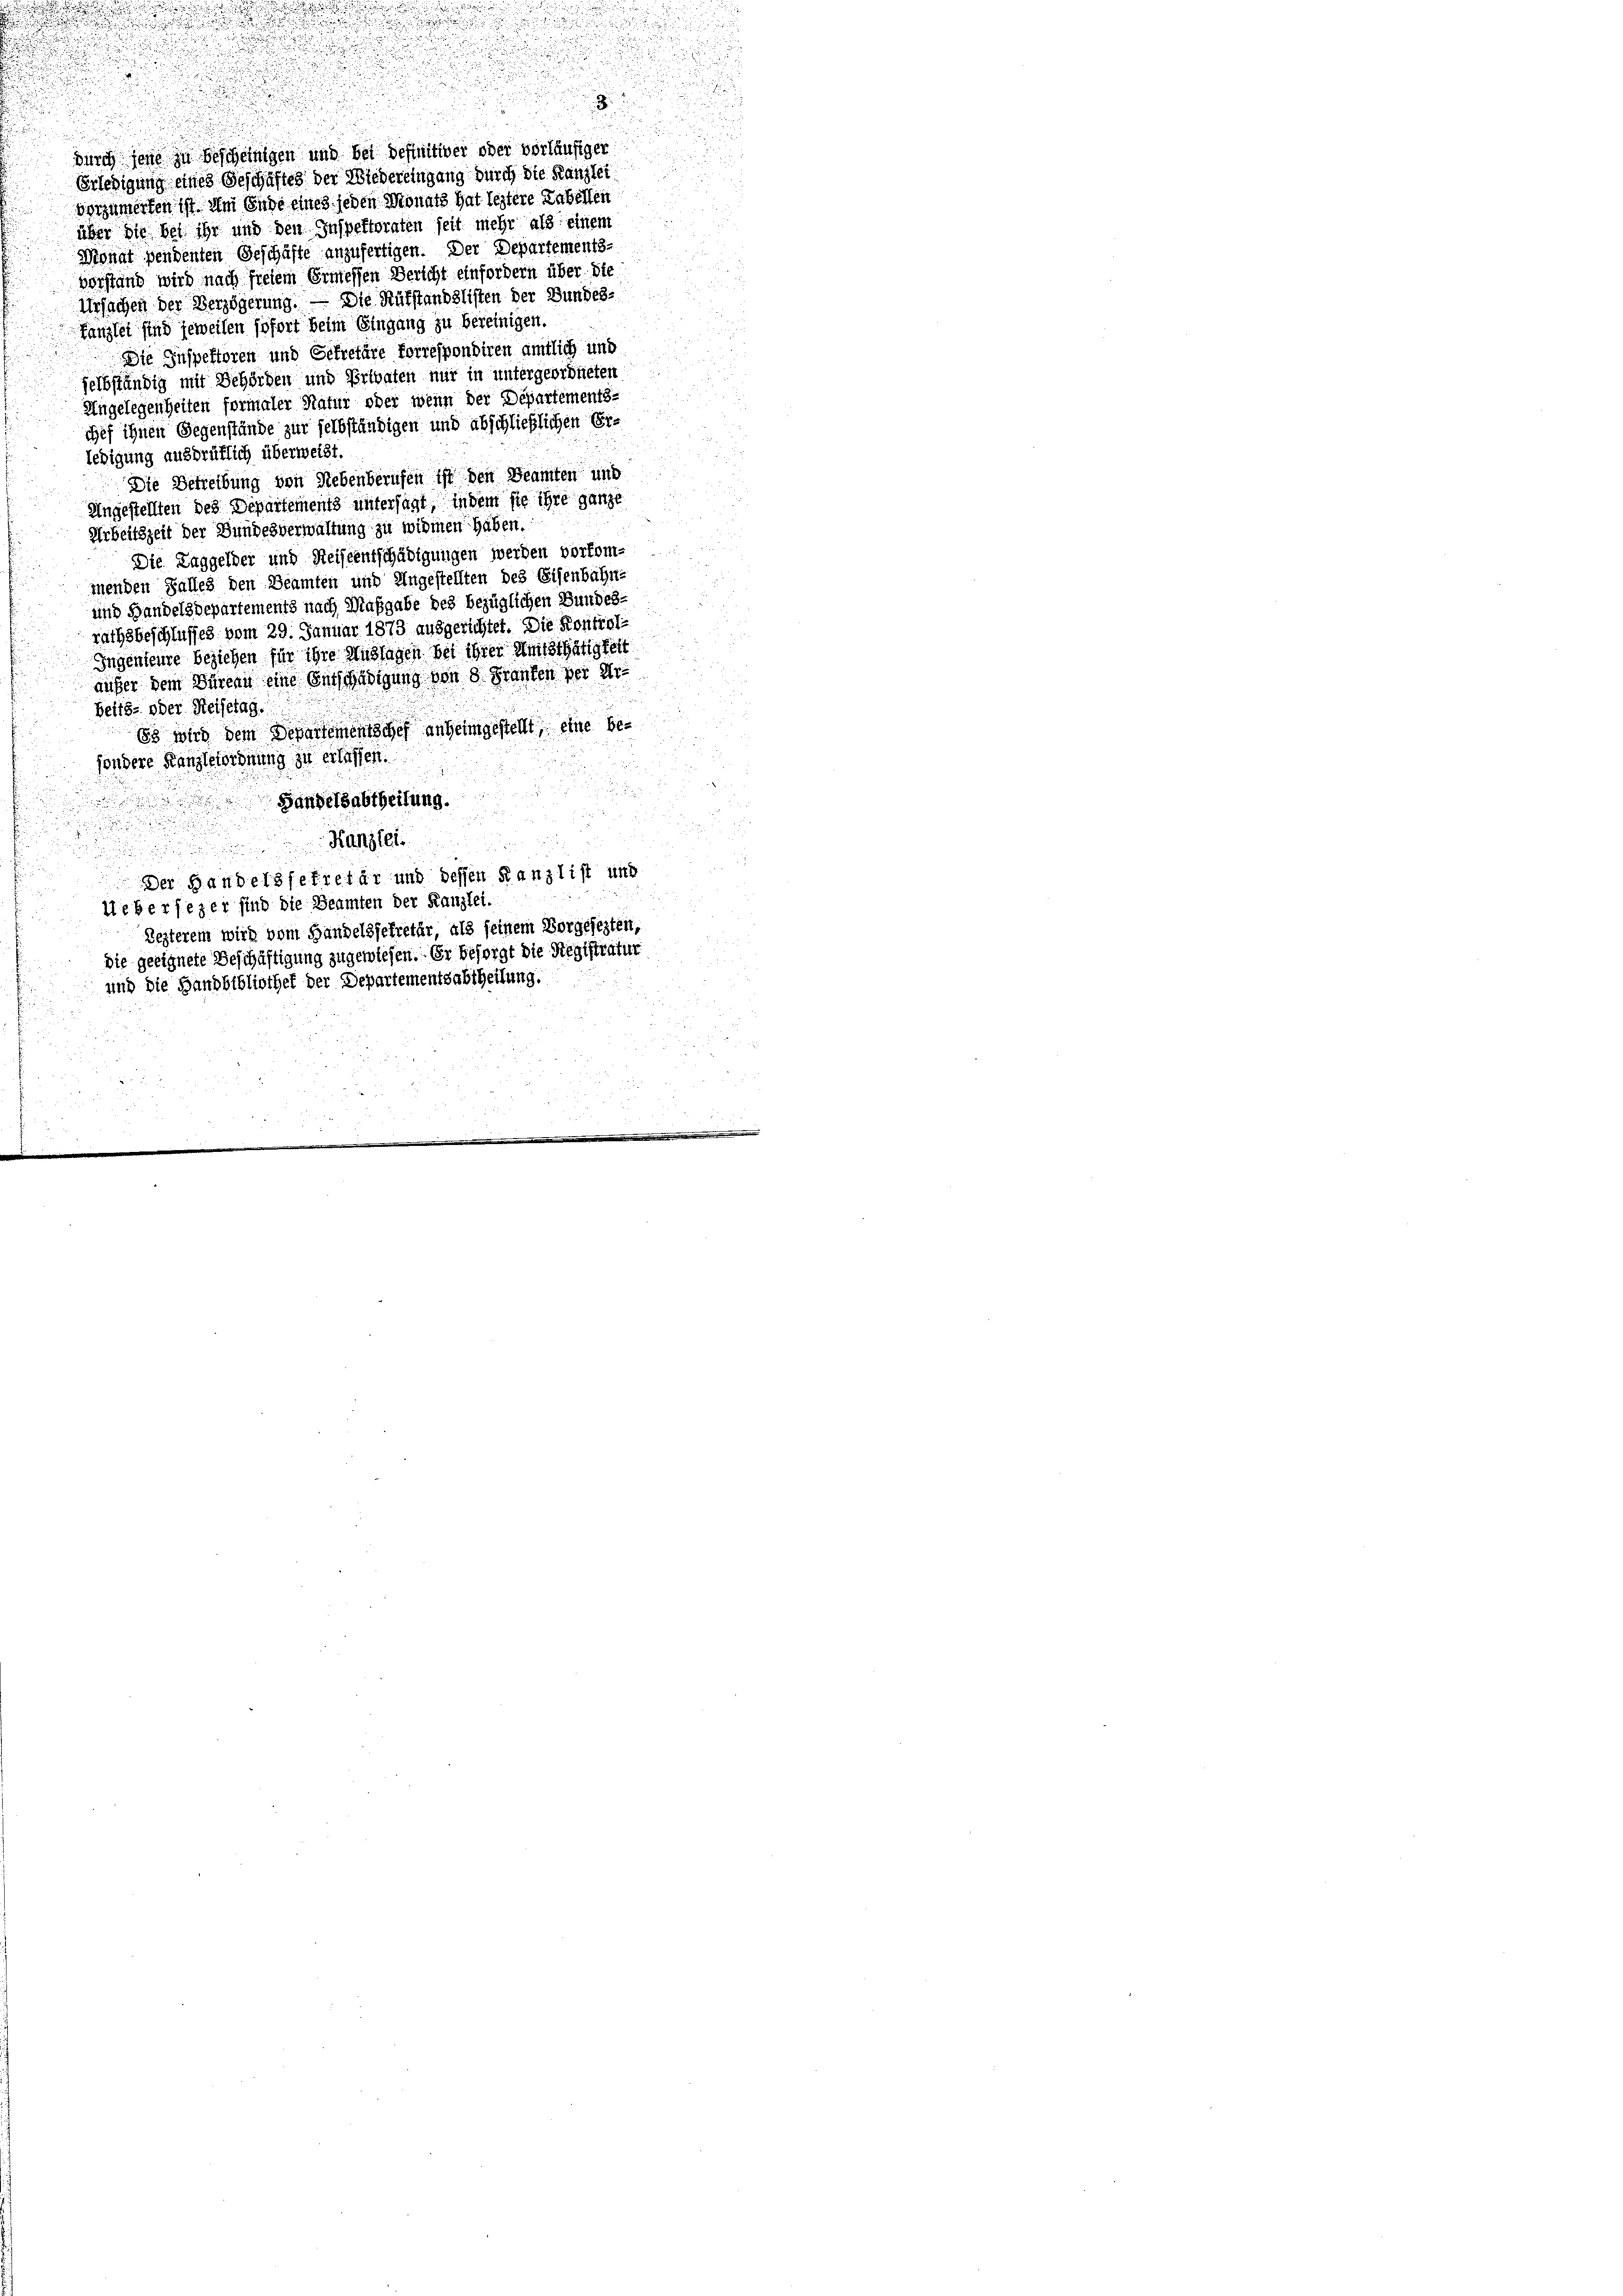
.
durch jene zu bescheinigen und bei definitiver oder vorläufiger
Erledigung eines Geschäftes der Wiedereingung durch die Kanzlei
vorzumerken ist. Am Ende eines jeden Monats hat leztere Tabellen
über die bei ihr und den Inspektoraten seit mehr als einem
Dignat pendenten Geschäfte anzufertigen. Der Departements-
Verstand wird nach freiem Ermessen Bericht einfordern über die
Ursachen der Verzögerung. — Die Aufstandslisten der Bundes.
Kanzlei sind jeweilen sofort beim Eingang zu bereinigen.
Die Inspektoren und Getretäre forrespondiren amtlich und
selbständig mit Behörden und Privaten nur in untergeordneten
Ungelegenheiten formaler Natur oder wenn der Departements-
chef ihnen Gegenstände zur selbständigen und abschließlichen Erledigung ausdrüklich überweist.
Die Betreibung von Nebenberufen ist den Beamten und
Ungestellten des Departements untersagt, indem sie ihre ganze
Arbeitszeit der Bundesverwaltung zu widmen haben.
Die Zuggelder und Reiseentschädigungen werden vorkommenden Falles den Beamten und Ungestellten des Eisenbahn-
und Handelsdepartements nach Maßgabe des bezüglichen Bundes-
rathsbeschlusses vom 29. Januar 1873 ausgerichtet. Die Kontrol¬
Ingenieure beziehen für ihre Auslagen bei ihrer Amtsthätigkeit
aufer dem Sinnern eine Entschädigung von 8. Franken der ihr
beits- oder Reisetag.
83 wird dem Departementschef anheimgestellt, eine besondere Kanzleiordnung zu erlassen.
Handelsabtheilung.
d

Kanzlei.

¬
Der Handelssekretär und dessen Kanzlist und
Uebersezer sind die Beamten der Kanzlei.
Lezterem wird vom Handelssekretär, als seinem Vorgesezten,
die geeignete Beschäftigung zugewiesen. Er besorgt die Registratur
und die Handbibliothek der Departementsabtheilung.

u

8